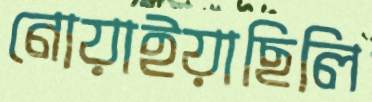
নোয়াইয়াছিলি